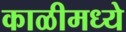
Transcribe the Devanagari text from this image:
काळीमध्ये